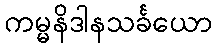
ကမ္မနိဒါနသင်္ခယော